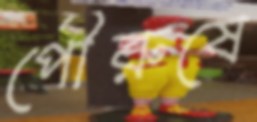
পৌরুষে